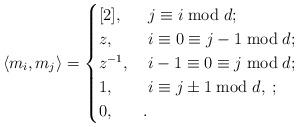
LaTeX: \begin{align*}\langle m_i, m_j\rangle =\begin{cases}[2], & \; j \equiv i \bmod d;\\z, & \; i\equiv 0\equiv j-1 \bmod d;\\z^{-1}, & \; i-1\equiv 0\equiv j \bmod d;\\1, &\; i\equiv j\pm 1\bmod d,\;;\\0, & .\end{cases}\end{align*}